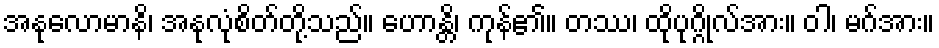
အနုလောမာနိ၊ အနုလုံစိတ်တို့သည်။ ဟောန္တိ၊ ကုန်၏။ တဿ၊ ထိုပုဂ္ဂိုလ်အား။ ဝါ၊ မဂ်အား။